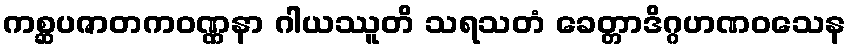
ကစ္ဆပဇာတကဝဏ္ဏနာ ဂါယဿူတိ သရသတံ ခေတ္တာဒိဂ္ဂဟဏဝသေန